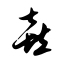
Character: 喜